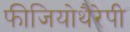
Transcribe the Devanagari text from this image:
फीजियोथैरेपी